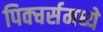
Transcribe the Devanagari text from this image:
पिक्चर्समध्ये